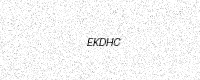
Text: EKDHC